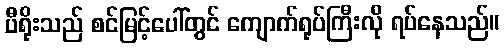
ပီရိုးသည် စင်မြင့်ပေါ်တွင် ကျောက်ရုပ်ကြီးလို ရပ်နေသည်။